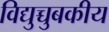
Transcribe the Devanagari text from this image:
विद्युच्चुबकीय